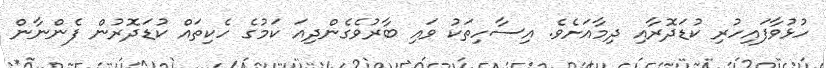
ހުޅުވާފައިހުރި ކުޑަދޮރާއި ދިމާއަށެވެ. އިސާހިތަކު ވައި ބާރުވެގެންދިއަ ކަމުގެ ހެކިތައް ކުޑަދޮރުން ފެންނާން